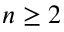
n \ge 2